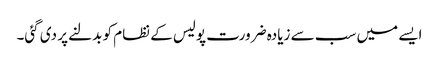
ایسے میں سب سے زیادہ ضرورت پولیس کے نظام کو بدلنے پر دی گئی۔